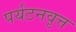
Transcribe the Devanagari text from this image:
पर्यटनवृत्त